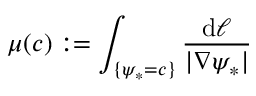
\mu ( c ) : = \int _ { \{ \psi _ { * } = c \} } \frac { \mathrm { d } \ell } { | \nabla \psi _ { * } | }